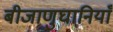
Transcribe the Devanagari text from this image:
बीजाणुघानियाँ